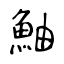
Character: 鮋